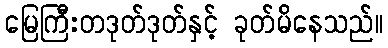
မြေကြီးတဒုတ်ဒုတ်နှင့် ခုတ်မိနေသည်။